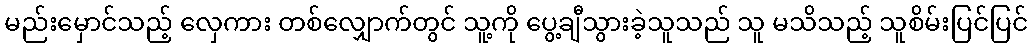
မည်းမှောင်သည့် လှေကား တစ်လျှောက်တွင် သူ့ကို ပွေ့ချီသွားခဲ့သူသည် သူ မသိသည့် သူစိမ်းပြင်ပြင်